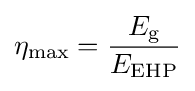
\eta _{\text{max}}={E_{\text{g}} \over E_{\text{EHP}}}